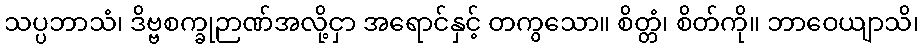
သပ္ပဘာသံ၊ ဒိဗ္ဗစက္ခုဉာဏ်အလို့ငှာ အရောင်နှင့် တကွသော။ စိတ္တံ၊ စိတ်ကို။ ဘာဝေယျာသိ၊